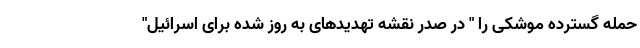
حمله گسترده موشکی را " در صدر نقشه تهدیدهای به روز شده برای اسرائیل"